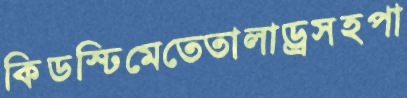
কিডস্ঢিমেতেতালাড্রসহপা